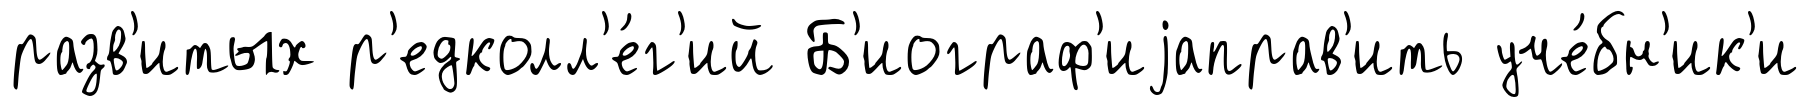
разв'итых р'едколл'е́г'ий Б'иограф'иjаправ'ить уче́бн'ик'и